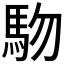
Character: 𱐾